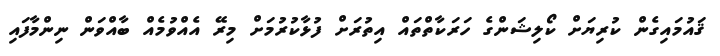
ޤައުމައިގެން ކުރިޔަށް ކޯލިޝަންގެ ހަރަކާތްތައް އިތުރަށް ފުޅާކުރުމަށް މިރޭ އެއްވުމެއް ބާއްވަން ނިންމާފައި